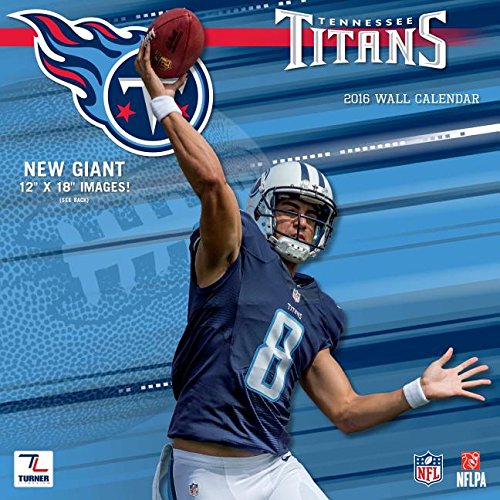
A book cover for Tennessee Titans; Calendars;